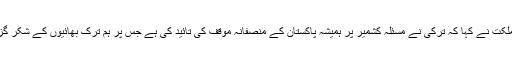
صدرمملکت نے کہا کہ ترکی نے مسئلہ کشمیر پر ہمیشہ پاکستان کے منصفانہ موقف کی تائید کی ہے جس پر ہم ترک بھائیوں کے شکر گزار ہیں۔